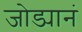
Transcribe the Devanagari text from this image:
जोड्यानं